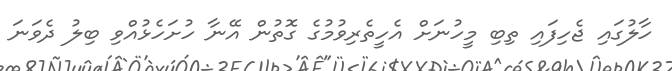
ހާލުގައި ޖެހިފައި ތިބި މީހުނަށް އެހީތެރިވުމުގެ ގޮތުން އޭނާ ހުށަހެޅުއްވި ބިލު ދެވަނަ